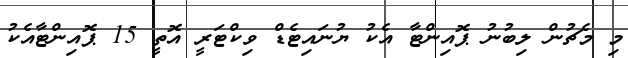
މި މެޗުން ލިބުނު ޕޮއިންޓާ އެކު ޔުނައިޓެޑް ވިކްޓަރީ އޮތީ 15 ޕޮއިންޓާއެކު